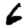
Digit: 6